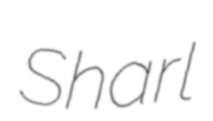
Sharl